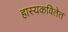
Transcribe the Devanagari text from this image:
हास्यकवितेत